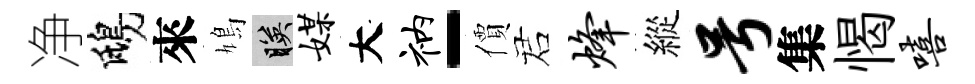
净鴟來鳩映媒大衲-價诺烽縱号集愒嘻